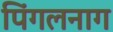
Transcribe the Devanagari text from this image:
पिंगलनाग